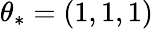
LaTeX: \theta_{*}=(1,1,1)